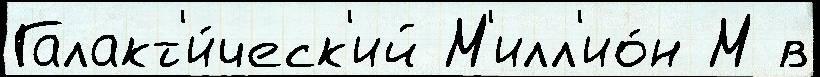
Галакт'и́ческ'ий М'илл'ио́н М в